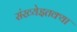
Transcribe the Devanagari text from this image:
संख्येइतक्या